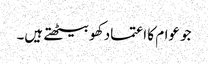
جو عوام کا اعتماد کھو بیٹھتے ہیں۔